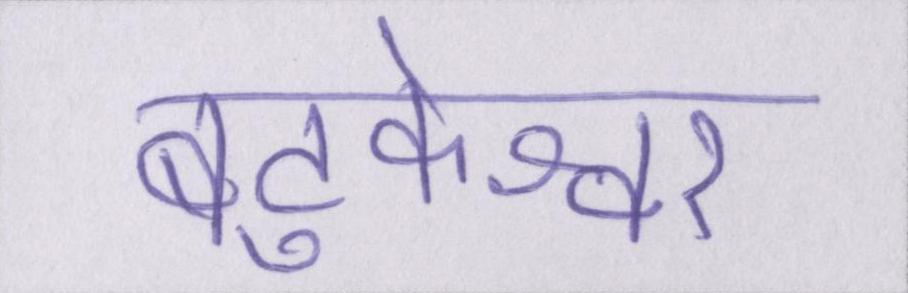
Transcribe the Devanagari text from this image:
बटुकेश्वर